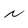
Character: N